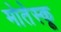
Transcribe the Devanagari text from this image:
मोतेस्कू